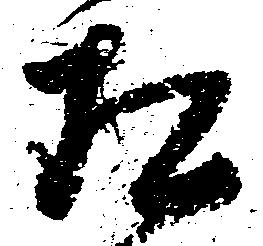
相